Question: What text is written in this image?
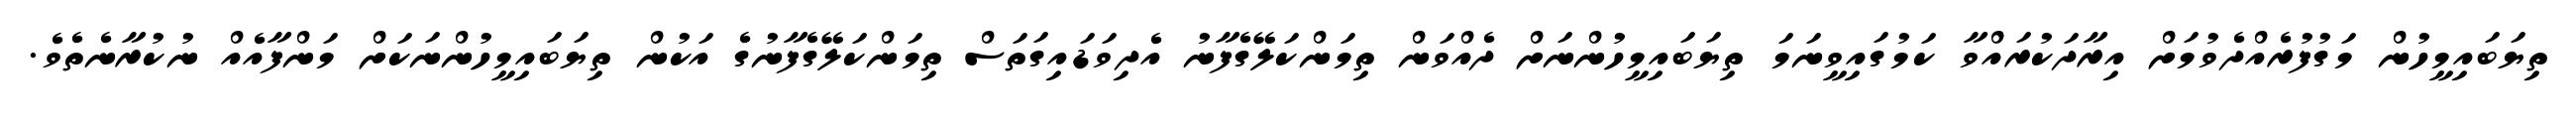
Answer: ތިޔަބައިމީހުން މަގުފުރެއްދެވުމަށް އިރާދަކުރައްވާ ކަމުގައިވީނަމަ ތިޔަބައިމީހުންނަށް ދެއްވަން ތިމަންކަލޭގެފާނު އެދިވަޑައިގަތަސް ތިމަންކަލޭގެފާނުގެ އަކުން ތިޔަބައިމީހުންނަކަށް މަންފާއެއް ނުކުރާނެތެވެ.